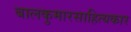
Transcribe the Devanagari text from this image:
बालकुमारसाहित्यकार